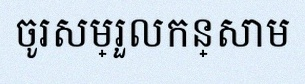
ចូរសម្រួលកន្សោម